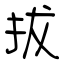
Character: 拔